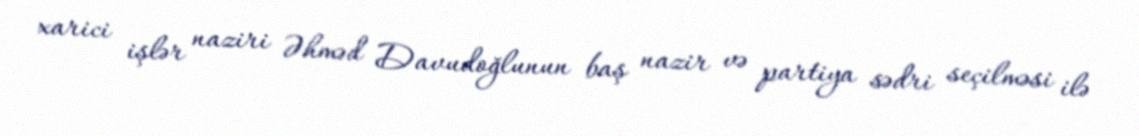
xarici işlər naziri Əhməd Davudoğlunun baş nazir və partiya sədri seçilməsi ilə